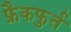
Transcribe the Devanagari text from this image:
फ्रैकफुर्त